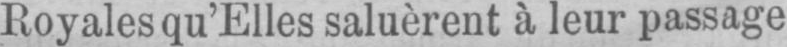
Royales qu’Elles saluèrent à leur passage